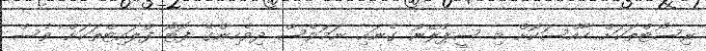
ރިސޯޓްތަކަށް ހާއްސަކޮށް މި ސީޕްލޭން ގެނައި ނަމަވެސް ދިވެހިންގެ ފޮޓޯ ފްލައިޓްތަކަށް ވެސް